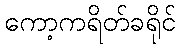
ကော့ကရိတ်ခရိုင်